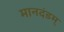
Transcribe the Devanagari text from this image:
मानदंडम्